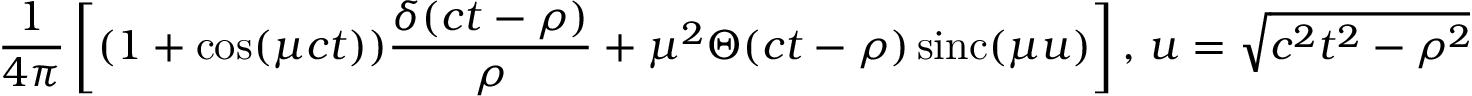
{ \frac { 1 } { 4 \pi } } \left[ ( 1 + \cos ( \mu c t ) ) { \frac { \delta ( c t - \rho ) } { \rho } } + \mu ^ { 2 } \Theta ( c t - \rho ) \operatorname { s i n c } ( \mu u ) \right] , \, u = { \sqrt { c ^ { 2 } t ^ { 2 } - \rho ^ { 2 } } }